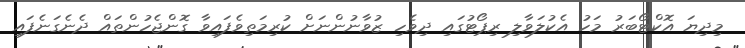
މިދިޔަ އޮކްޓޯބަރު މަހު އެކުލަވާލި ރިޕޯޓުގައި ދިވެހި ޒުވާނުންނަށް ކުރިމަތިވެފައިވާ ގޮންޖެހުންތައް ދެނެގަނެފައި